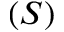
( S )